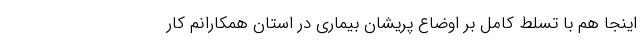
اینجا هم با تسلط کامل بر اوضاع پریشان بیماری در استان همکارانم کار